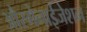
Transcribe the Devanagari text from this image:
औरगेनाईजेशन